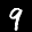
Label: 9